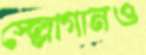
স্ল্লোগানও